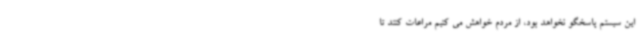
این سیستم پاسخگو نخواهد بود، از مردم خواهش می کنیم مراعات کنند تا